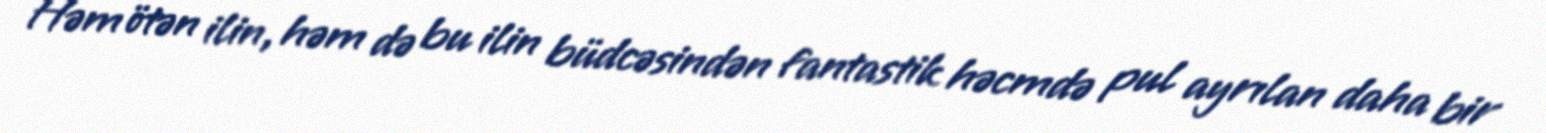
Həm ötən ilin, həm də bu ilin büdcəsindən fantastik həcmdə pul ayrılan daha bir